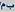
بم